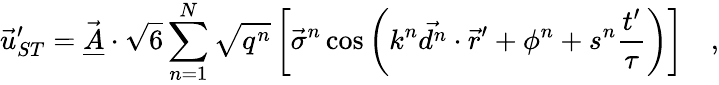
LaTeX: \vec{u}_{ST}^{\prime}=\vec{\underline{{A}}}\cdot\sqrt{6}\sum_{n=1}^{N}\sqrt{q^{n}}\left[\vec{\sigma}^{n}\cos\left(k^{n}\vec{d^{n}}\cdot\vec{r}^{\prime}+\phi^{n}+s^{n}\frac{t^{\prime}}{\tau}\right)\right]\quad,